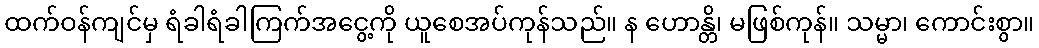
ထက်ဝန်ကျင်မှ ရံခါရံခါကြက်အငွေ့ကို ယူစေအပ်ကုန်သည်။ န ဟောန္တိ၊ မဖြစ်ကုန်။ သမ္မာ၊ ကောင်းစွာ။